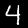
Label: 4